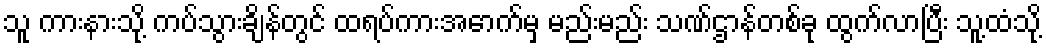
သူ ကားနားသို့ ကပ်သွားချိန်တွင် ထရပ်ကားအောက်မှ မည်းမည်း သဏ်ဌာန်တစ်ခု ထွက်လာပြီး သူ့ထံသို့